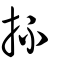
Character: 抔